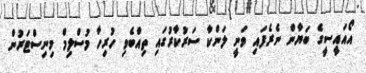
އޯއައީސީގެ ބަޔާން ނެރެފައި ވަނީ ލަންކާ ސަރުކާރުގައި ތިއްބެވި ހުރިހާ މުސްލިމް މިނިސްޓަރުން